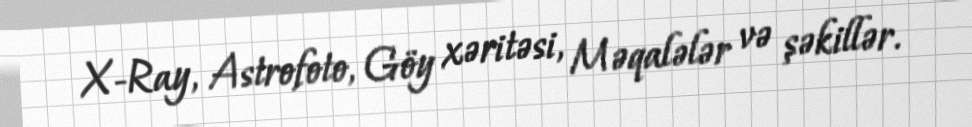
X-Ray, Astrofoto, Göy xəritəsi, Məqalələr və şəkillər.